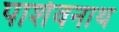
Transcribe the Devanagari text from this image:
पार्शवनाथ